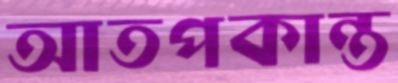
আতপকান্ত